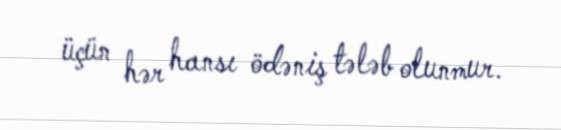
üçün hər hansı ödəniş tələb olunmur.